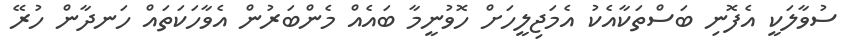
ސުވާލަކީ އެފޮނި ބަސްތަކާއެކު އެމަޖިލީހަށް ހޮވުނީމާ ބައެއް މެންބަރުން އެވާހަކަތައް ހަނދާން ހުރޭ